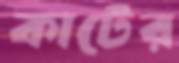
কার্টের